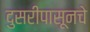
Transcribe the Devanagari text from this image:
दुसरीपासूनचे